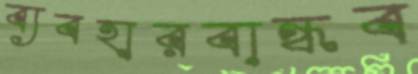
ব্যবহারবান্ধব